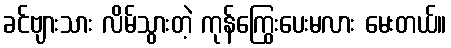
ခင်ဗျားသား လိမ်သွားတဲ့ ကုန်ကြွေးပေးမလား မေးတယ်။